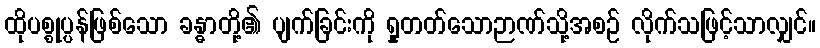
ထိုပစ္စုပ္ပန်ဖြစ်သော ခန္ဓာတို့၏ ပျက်ခြင်းကို ရှုတတ်သောဉာဏ်သို့အစဉ် လိုက်သဖြင့်သာလျှင်။